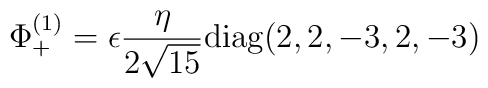
\Phi_+^{(1)}=\epsilon {\eta\over {2\sqrt{15}}} {\rm diag} (2,2,-3,2,-3)